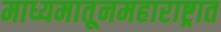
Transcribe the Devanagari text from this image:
माध्यमातूनमहाराष्ट्रात